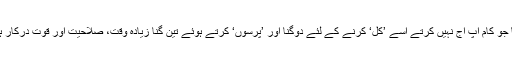
آج کا جو کام آپ آج نہیں کرتے اُسے ’کل‘ کرنے کے لئے دوگنا اور ’پرسوں‘ کرتے ہوئے تین گنا زیادہ وقت، صلاحیت اور قوت درکار ہوگی۔